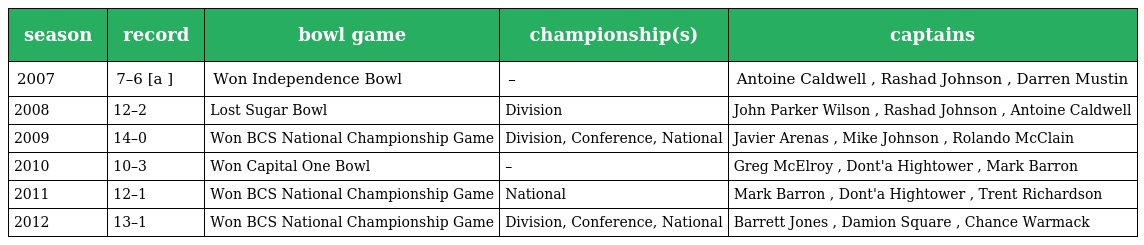
| season | record | bowl game | championship(s) | captains |
 | --- | --- | --- | --- | --- |
 | 2007 | 7–6 [a ] | Won Independence Bowl | – | Antoine Caldwell , Rashad Johnson , Darren Mustin |
 | 2008 | 12–2 | Lost Sugar Bowl | Division | John Parker Wilson , Rashad Johnson , Antoine Caldwell |
 | 2009 | 14–0 | Won BCS National Championship Game | Division, Conference, National | Javier Arenas , Mike Johnson , Rolando McClain |
 | 2010 | 10–3 | Won Capital One Bowl | – | Greg McElroy , Dont'a Hightower , Mark Barron |
 | 2011 | 12–1 | Won BCS National Championship Game | National | Mark Barron , Dont'a Hightower , Trent Richardson |
 | 2012 | 13–1 | Won BCS National Championship Game | Division, Conference, National | Barrett Jones , Damion Square , Chance Warmack |